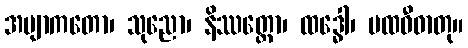
အဗျာကတော၊ သုညော၊ နိဿတ္တော၊ ထဒ္ဓေါ၊ ပထဝီဓာတု။